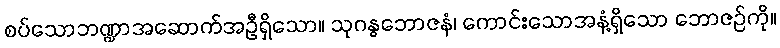
စပ်သောဘဏ္ဍာအဆောက်အဦရှိသော။ သုဂန္ဓဘောဇနံ၊ ကောင်းသောအနံ့ရှိသော ဘောဇဉ်ကို။